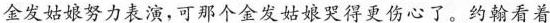
金发姑娘努力表演，可那个金发姑娘哭得更伤心了。约翰看着